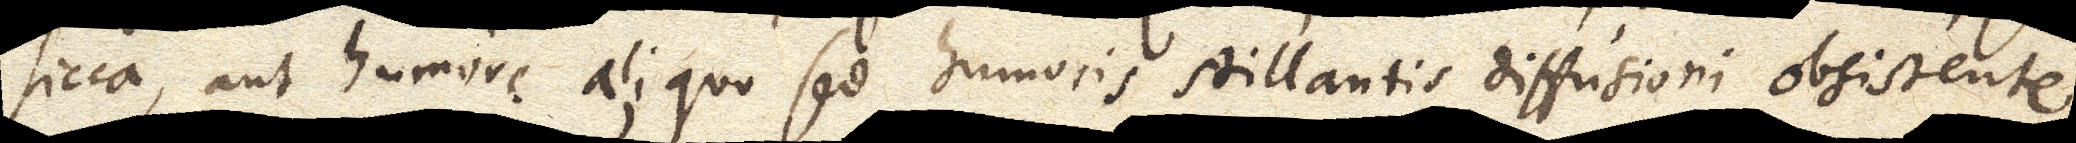
sicca, aut humore aliquo sed humoris stillantis diffusioni obsistente